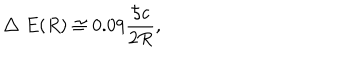
\bigtriangleup E ( R ) \cong 0 . 0 9 { \frac { { \hbar } c } { 2 R } } ,